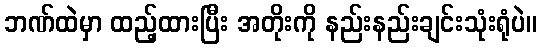
ဘဏ်ထဲမှာ ထည့်ထားပြီး အတိုးကို နည်းနည်းချင်းသုံးရုံပဲ။